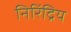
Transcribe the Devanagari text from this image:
निरिंद्रिय